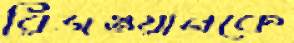
রিজওয়ানকে